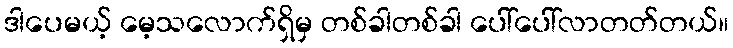
ဒါပေမယ့် မေ့သလောက်ရှိမှ တစ်ခါတစ်ခါ ပေါ်ပေါ်လာတတ်တယ်။